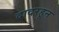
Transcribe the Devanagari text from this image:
दादरहून